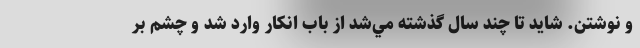
و نوشتن. شايد تا چند سال گذشته مي‌شد از باب انكار وارد شد و چشم بر